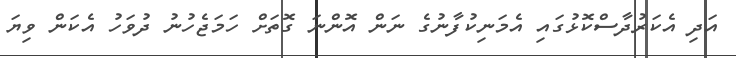
އަދި އެކަރުދާސްކޮޅުގައި އެމަނިކުފާނުގެ ނަން އޮންނަ ގޮތަށް ހަމަޖެހުނު ދުވަހު އެކަން ވިޔަ